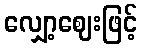
လျှော့ဈေးဖြင့်